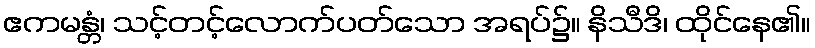
ဧကမန္တံ၊ သင့်တင့်လောက်ပတ်သော အရပ်၌။ နိသီဒိ၊ ထိုင်နေ၏။